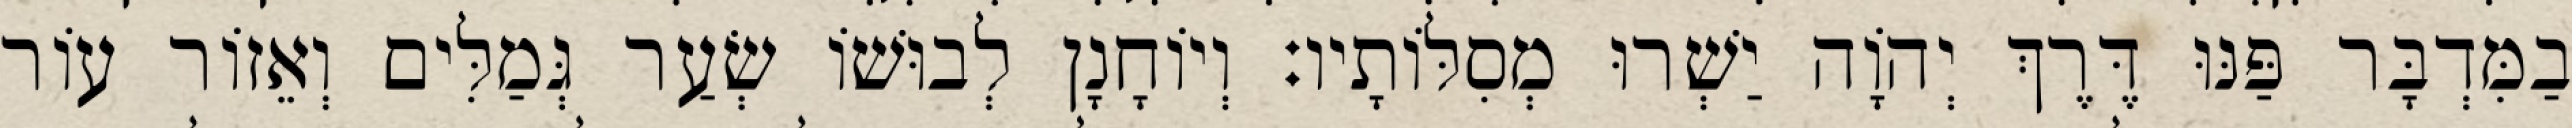
בַמִּדְבָּר פַּנּוּ דֶּרֶךְ יְהוָֹה יַשְׁרוּ מְסִלּוֹתָיו׃ וְיוֹחָנָן לְבוּשׁוֹ שְׂעַר גְּמַלִּים וְאֵזוֹר עוֹר